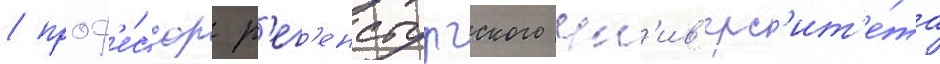
/ проф'е́ссор р'ег'енсбургского ун'ив'ерс'ит'е́та